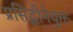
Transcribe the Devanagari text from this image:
प्रसिद्धीनेयुक्त